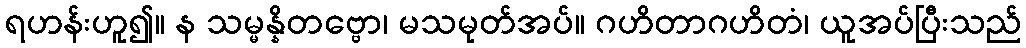
ရဟန်းဟူ၍။ န သမ္မန္နိတဗ္ဗော၊ မသမုတ်အပ်။ ဂဟိတာဂဟိတံ၊ ယူအပ်ပြီးသည်